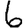
Digit: 6